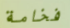
فخامة